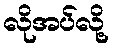
လိုအပ်လို့